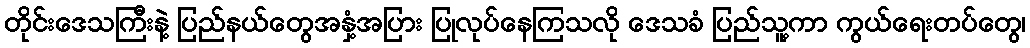
တိုင်းဒေသကြီးနဲ့ ပြည်နယ်တွေအနှံ့အပြား ပြုလုပ်နေကြသလို ဒေသခံ ပြည်သူ့ကာ ကွယ်ရေးတပ်တွေ၊